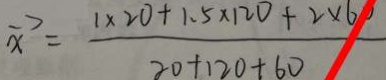
\overrightarrow { x } = \frac { 1 \times 2 0 + 1 . 5 \times 1 2 0 + 2 \times 6 0 } { 2 0 + 1 2 0 + 6 0 }